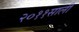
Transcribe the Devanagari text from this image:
२०११साली